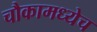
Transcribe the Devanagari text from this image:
चौकामध्येच